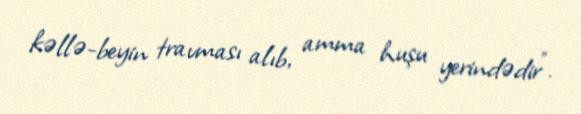
kəllə-beyin travması alıb, amma huşu yerindədir”.